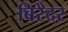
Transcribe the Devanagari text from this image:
बिरेंदर